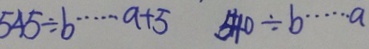
5 4 5 \div b \cdots a + 5 5 4 0 \div b \cdots a